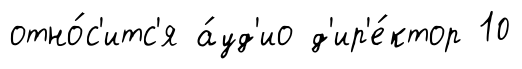
отно́с'итс'я а́уд'ио д'ир'е́ктор 10